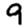
Digit: 9